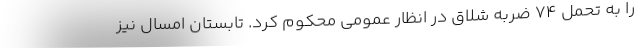
را به تحمل ۷۴ ضربه شلاق در انظار عمومی محکوم کرد. تابستان امسال نیز